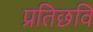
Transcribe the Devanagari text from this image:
प्रतिछवि